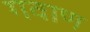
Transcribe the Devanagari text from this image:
गवाण